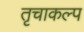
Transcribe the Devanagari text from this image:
तृचाकल्प